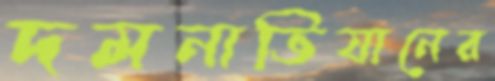
দমনাভিযানের